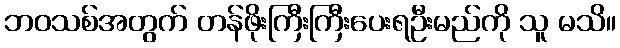
ဘဝသစ်အတွက် တန်ဖိုးကြီးကြီးပေးရဦးမည်ကို သူ မသိ။